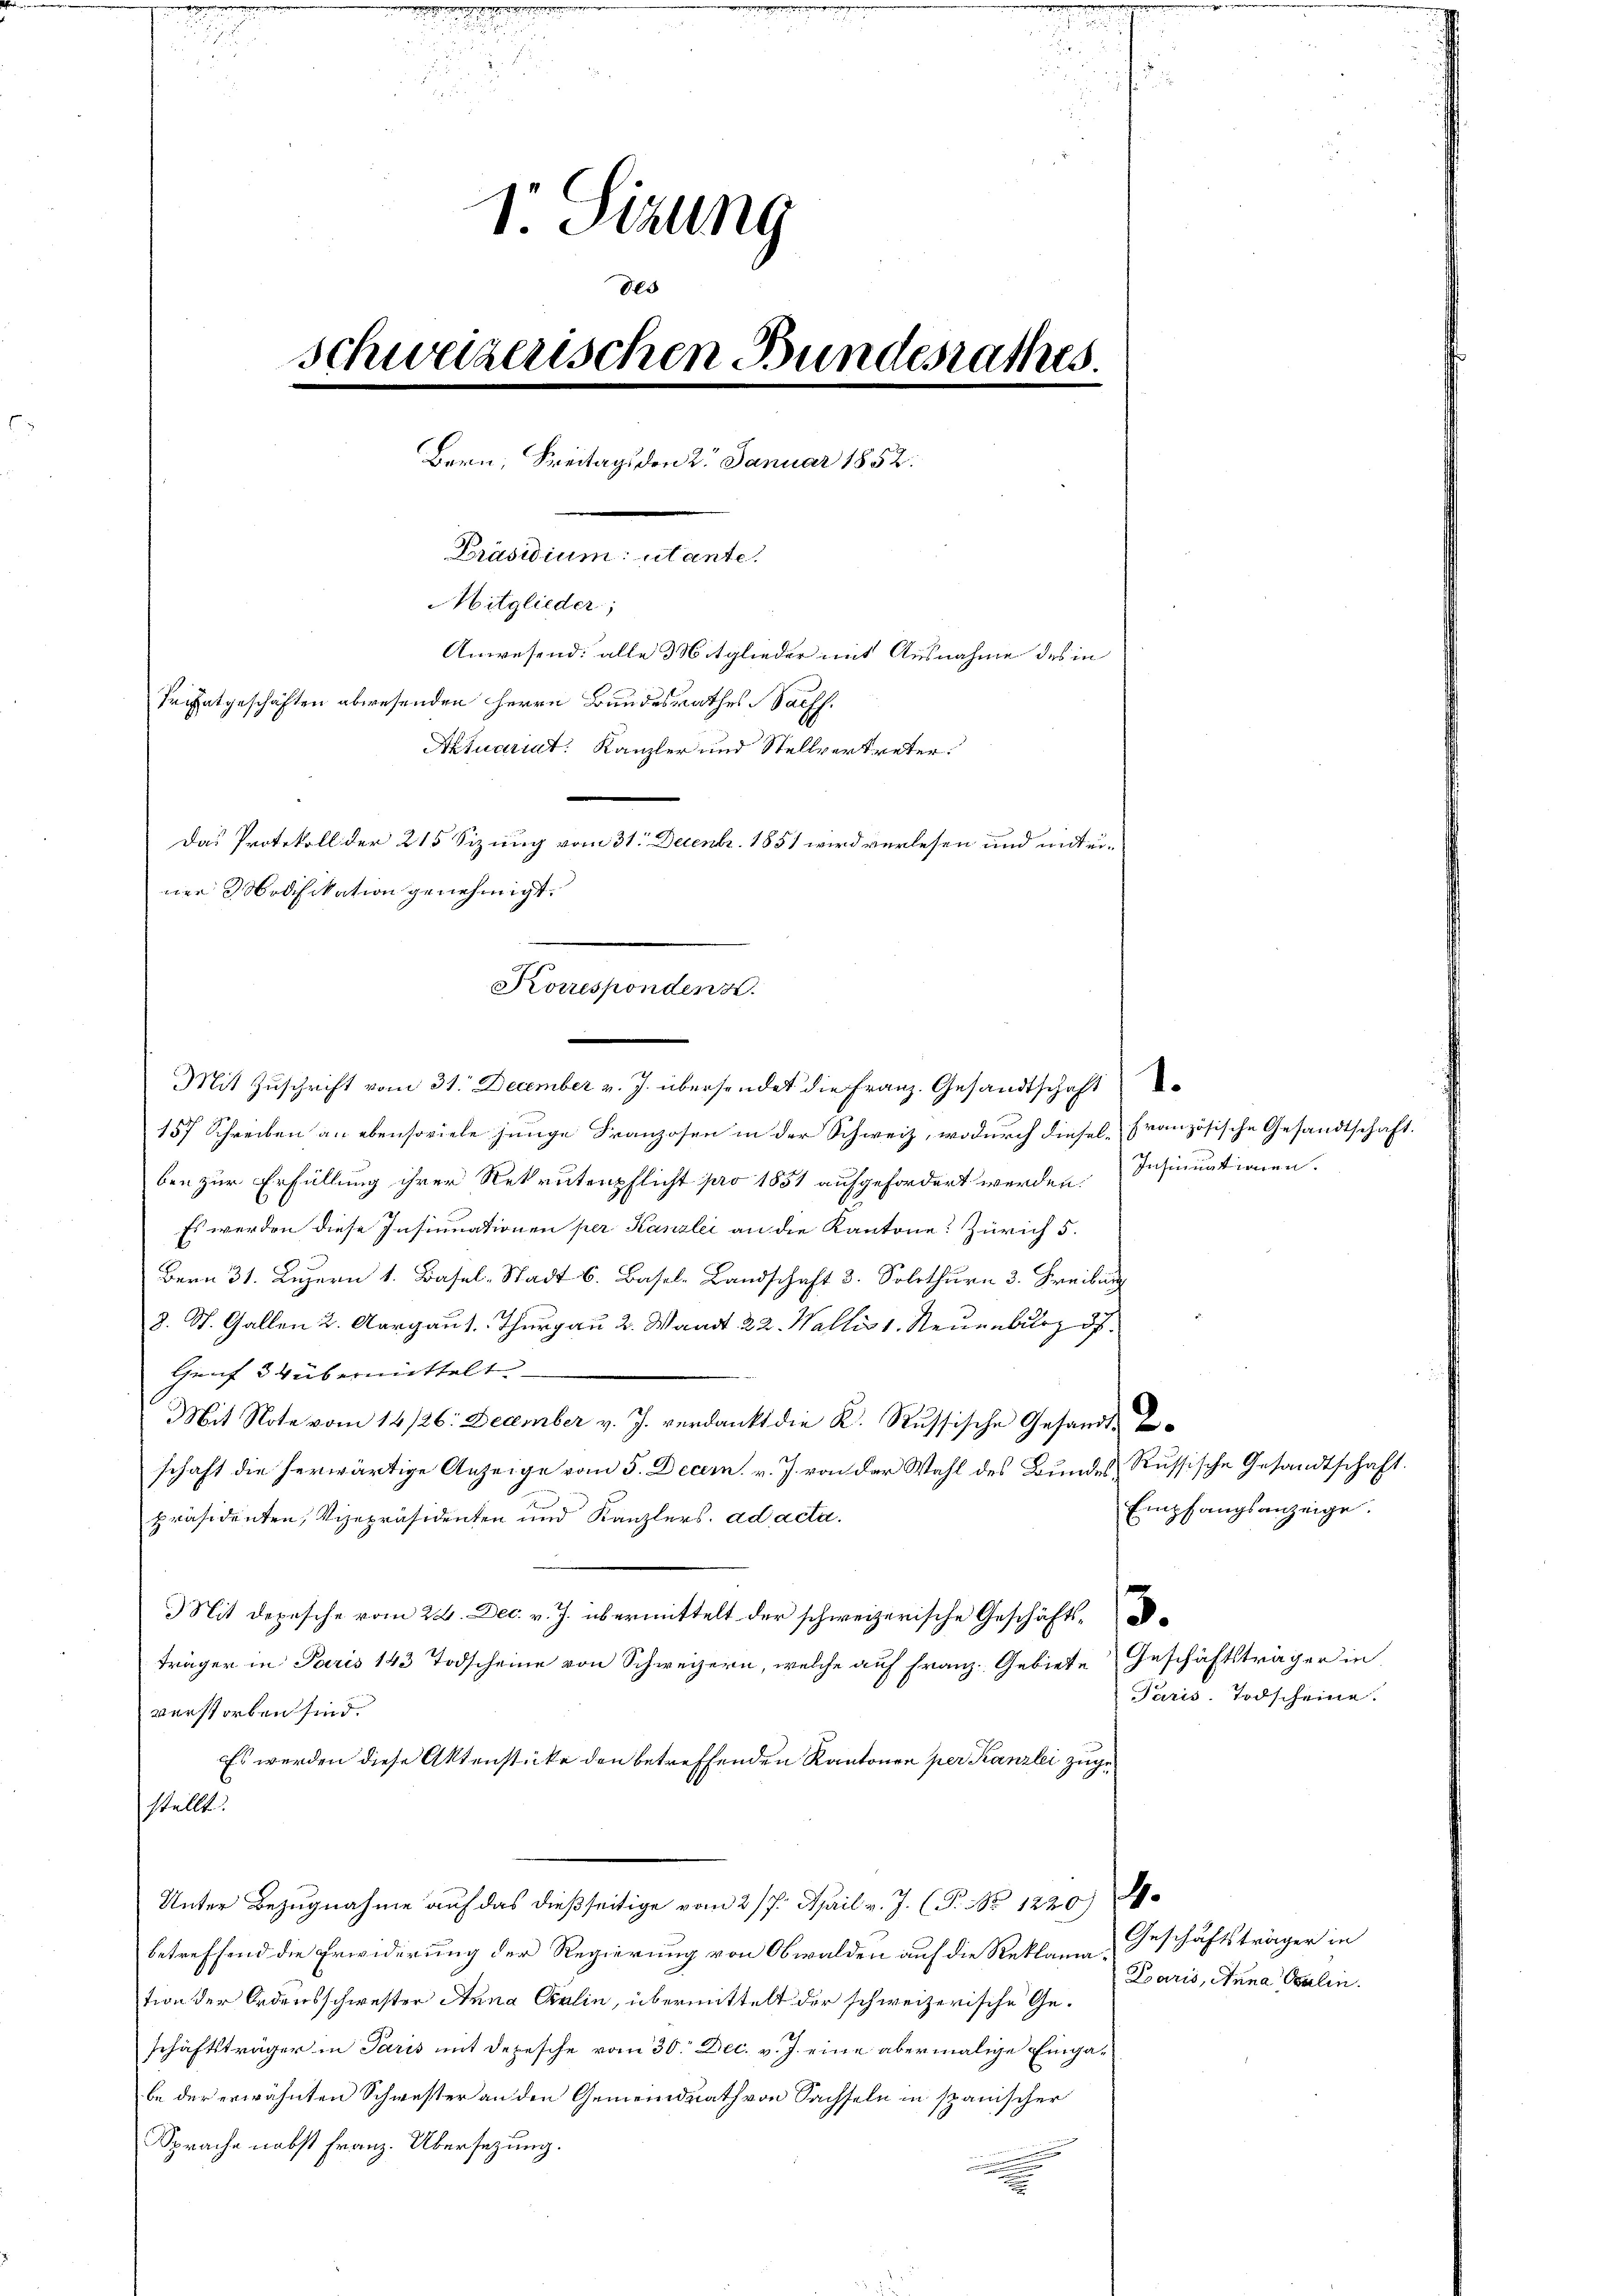
u
e
.
¬
2055
1 Sizung
des
schweizerischen Bundesrathes.
Bern, Kreitags den 2. Januar 1852.
Rasirmen werden.
Mitglieder;
Anwesend: alle Mitglieder mit Ausnahme des in
Trifatgeschäften abwesenden Herrn Bundesrathes Sachs.
Aktuariat: Kanzler und Stellvertreter.
Das Protokoll der 215 Sizung vom 31. Decembr. 1851 wird verlesen und mit eine Modifikation genehmigt.

Korresponden.

Mit Zuschrift vom 31. December v. J. übersendet die Franz. Gesandtschaft
157 Schreiben an ebensoviele junge Franzosen in der Schweiz, wodurch diesel französische Gesandtschaft.
ben zur Erfüllung ihrer Rekrutenpflicht pro 1851 aufgefordert werden Insinuationen.
Es werden diese Insinuationen per Kanzlei an die Kantone: Zürich 5.
Bern 31. Luzern 1. Basel, Stadt 6. Basel-Landschaft 3. Solothurn 3. Freiburg
3. St. Gallen 2. Aargau s. Thurgau 2. Waadt 22. Wallis 1. Neuenburg d.
Genf 34 übermittelt
Mit Note vom 14/26. December v. J. verdankt die K. Russische Gesandt-
schaft die herwärtige Anzeige vom 5. Decem. v. J. von der Wahl des Bundes Russische Gesandtschaft.
präsidenten, Vizepräsidenten und Kanzlers. ad acta.
Mit Depesche vom 24. Dec. v. J. übermittelt der schweizerische Geschäfts-
träger in Paris 143 Todscheine von Schweizern, welche auf Franz. Gebiete Geschäftsträger in
verstorben sind.
Es werden diese Aktenstücke den betreffenden Kantonen per Kanzlei zugestellt.
Unter Bezugnahme auf das dießseitige vom 2/7. April v. J. (T. No 1220).
betreffend die Erwiderung der Regierung von Obwalden auf die Reklamation der Ordensschwester Anna Salin, übermittelt der schweizerische Geschäftsträger in Paris mit Depesche vom 30. Dec. v. J. eine abermalige Eingabe der erwähnten Schwester an den Gemeindrath von Sachseln in spanischer
Sprache nebst Franz. Übersezung.

Empfangsanzeige.

Paris Todscheine.

Geschäftsträger in
Paris, Anna Balin.